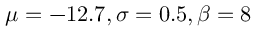
\mu = - 1 2 . 7 , \sigma = 0 . 5 , \beta = 8